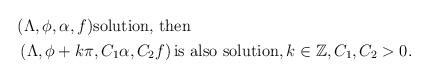
LaTeX: \begin{align*}\begin{aligned}& (\Lambda,\phi ,\alpha, f) \hbox{solution, then} \\& \left(\Lambda,\phi + k\pi ,C_1\alpha, C_2 f\right) \hbox{is also solution}, k\in\mathbb Z, C_1 ,C_2>0.\end{aligned}\end{align*}